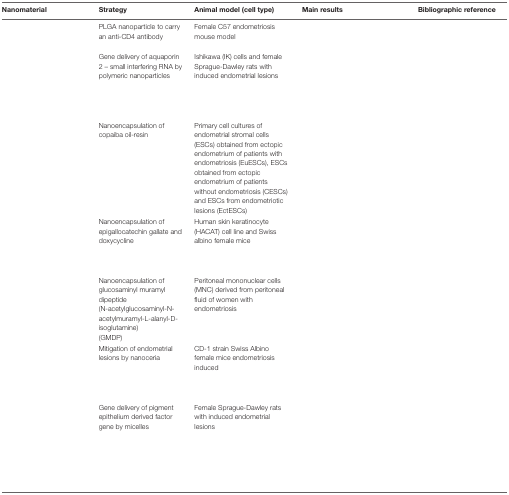
<table><thead><tr><td><b>Nanomaterial</b></td><td><b>Strategy</b></td><td><b>Animal model (cell type)</b></td><td><b>Main results</b></td><td><b>Bibliographic reference</b></td></tr></thead><tbody><tr><td>[EMPTY_CELL]</td><td>PLGA nanoparticle to carry an anti-CD4 antibody</td><td>Female C57 endometriosis mouse model</td><td>[EMPTY_CELL]</td><td>[EMPTY_CELL]</td></tr><tr><td>[EMPTY_CELL]</td><td>Gene delivery of aquaporin 2 – small interfering RNA by polymeric nanoparticles</td><td>Ishikawa (IK) cells and female Sprague-Dawley rats with induced endometrial lesions</td><td>[EMPTY_CELL]</td><td>[EMPTY_CELL]</td></tr><tr><td>[EMPTY_CELL]</td><td>Nanoencapsulation of copaiba oil-resin</td><td>Primary cell cultures of endometrial stromal cells (ESCs) obtained from ectopic endometrium of patients with endometriosis (EuESCs), ESCs obtained from ectopic endometrium of patients without endometriosis (CESCs) and ESCs from endometriotic lesions (EctESCs)</td><td>[EMPTY_CELL]</td><td>[EMPTY_CELL]</td></tr><tr><td>[EMPTY_CELL]</td><td>Nanoencapsulation of epigallocatechin gallate and doxycycline</td><td>Human skin keratinocyte (HACAT) cell line and Swiss albino female mice</td><td>[EMPTY_CELL]</td><td>[EMPTY_CELL]</td></tr><tr><td>[EMPTY_CELL]</td><td>Nanoencapsulation of glucosaminyl muramyl dipeptide (N-acetylglucosaminyl-N-acetylmuramyl-L-alanyl-D-isoglutamine) (GMDP)</td><td>Peritoneal mononuclear cells (MNC) derived from peritoneal fluid of women with endometriosis</td><td>[EMPTY_CELL]</td><td>[EMPTY_CELL]</td></tr><tr><td>[EMPTY_CELL]</td><td>Mitigation of endometrial lesions by nanoceria</td><td>CD-1 strain Swiss Albino female mice endometriosis induced</td><td>[EMPTY_CELL]</td><td>[EMPTY_CELL]</td></tr><tr><td>[EMPTY_CELL]</td><td>Gene delivery of pigment epithelium derived factor gene by micelles</td><td>Female Sprague-Dawley rats with induced endometrial lesions</td><td>[EMPTY_CELL]</td><td>[EMPTY_CELL]</td></tr></tbody></table>